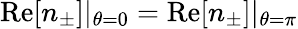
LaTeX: \mathrm{Re}[n_{\pm}]|_{\theta=0}=\mathrm{Re}[n_{\pm}]|_{\theta=\pi}